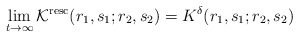
\begin{align*}\lim_{{t}\to\infty}\mathcal{K}^{\rm resc}(r_1,s_1;r_2,s_2)=K^\delta(r_1,s_1;r_2,s_2)\end{align*}